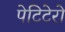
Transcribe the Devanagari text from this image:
पेटिटेरो